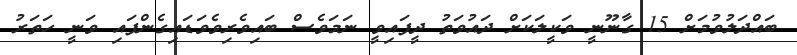
ބައްދަލުވުމަށް 15 ގާނޫނީ ވަކީލަކަށް ދައުވަތު ދީފައިވީ ނަމަވެސް ބައިވެރިވެވަޑައިގެންފައި ވަނީ ހަތަރު